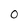
Character: 0